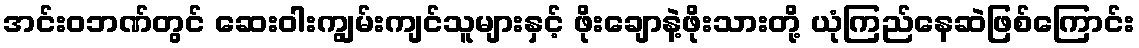
အင်းဝဘဏ်တွင် ဆေးဝါးကျွမ်းကျင်သူများနှင့် ဖိုးချောနဲ့ဖိုးသားတို့ ယုံကြည်နေဆဲဖြစ်ကြောင်း